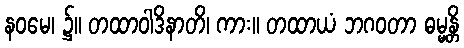
နဝမေ၊ ၌။ တထာဝါဒိနာတိ၊ ကား။ တထာယံ ဘဂဝတာ ဓမ္မန္တိ